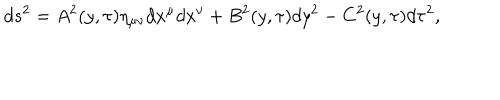
d s ^ { 2 } = A ^ { 2 } ( y , \tau ) \eta _ { \mu \nu } d x ^ { \mu } d x ^ { \nu } + B ^ { 2 } ( y , \tau ) d y ^ { 2 } - C ^ { 2 } ( y , \tau ) d \tau ^ { 2 } ,